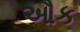
ઔક